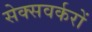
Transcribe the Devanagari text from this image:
सेक्सवर्करों